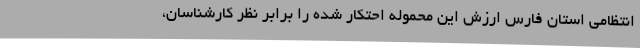
انتظامی استان فارس ارزش این محموله احتکار شده را برابر نظر کارشناسان،